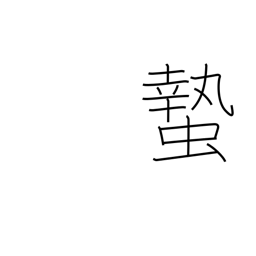
Meaning: hibernation of insects